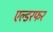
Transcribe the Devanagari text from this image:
एल्डरफर